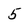
Character: 5